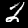
Digit: 2